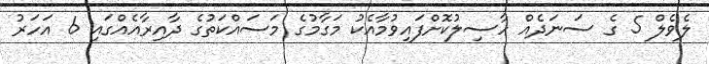
ލެވެލް 5 ގެ ސަނަދެއް ހާސިލުކޮށްފައިވުމާއެކު މަގާމުގެ މަސައްކަތުގެ ދާއިރާއެއްގައި 6 އަހަރު